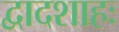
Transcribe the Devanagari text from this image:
द्वादशाहः